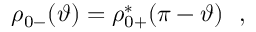
\rho _ { 0 - } ( \vartheta ) = \rho _ { 0 + } ^ { * } ( \pi - \vartheta ) \ \ ,